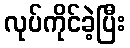
လုပ်ကိုင်ခဲ့ပြီး